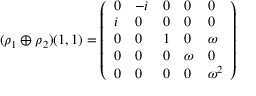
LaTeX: ( \rho _ { 1 } \oplus \rho _ { 2 } ) ( 1 , 1 ) = { \left( \begin{array} { l l l l l } { 0 } & { - i } & { 0 } & { 0 } & { 0 } \\ { i } & { 0 } & { 0 } & { 0 } & { 0 } \\ { 0 } & { 0 } & { 1 } & { 0 } & { \omega } \\ { 0 } & { 0 } & { 0 } & { \omega } & { 0 } \\ { 0 } & { 0 } & { 0 } & { 0 } & { \omega ^ { 2 } } \end{array} \right) }